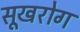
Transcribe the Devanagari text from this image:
सूखरोग